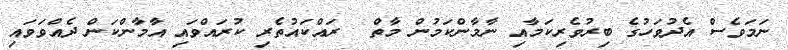
ނަމަވެސް އެދުވަހުގެ ބިރުވެރިކަމާއި ނާމާންކަމުން މާތް  ރައްކައުތެރި ކުރައްވައި އާމާންކަން ދެއްވަވައި